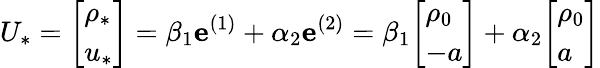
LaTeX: U_{*}={\left[\begin{array}{l}{\rho_{*}}\\ {u_{*}}\end{array}\right]}=\beta_{1}\mathbf{e}^{(1)}+\alpha_{2}\mathbf{e}^{(2)}=\beta_{1}{\left[\begin{array}{l}{\rho_{0}}\\ {-a}\end{array}\right]}+\alpha_{2}{\left[\begin{array}{l}{\rho_{0}}\\ {a}\end{array}\right]}